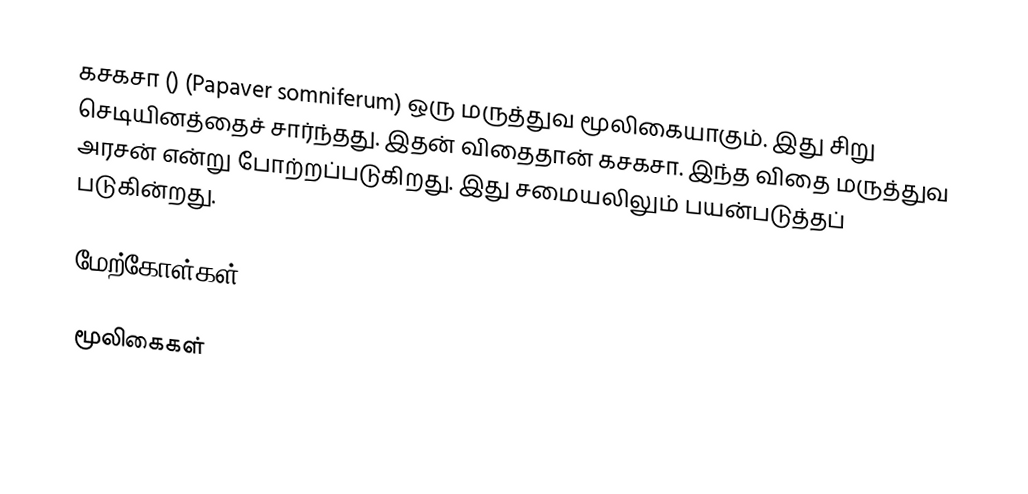
கசகசா  ()  (Papaver somniferum) ஒரு மருத்துவ மூலிகையாகும். இது சிறு செடியினத்தைச் சார்ந்தது. இதன் விதைதான் கசகசா. இந்த விதை மருத்துவ அரசன் என்று போற்றப்படுகிறது. இது சமையலிலும் பயன்படுத்தப் படுகின்றது.

மேற்கோள்கள்

மூலிகைகள்